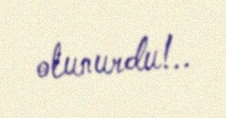
olunurdu!..